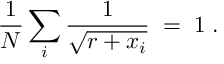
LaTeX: { \frac { 1 } { N } } \sum _ { i } { \frac { 1 } { \sqrt { r + x _ { i } } } } \; = \; 1 \; .